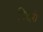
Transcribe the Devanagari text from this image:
पिछरी